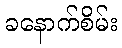
ခနောက်စိမ်း